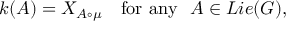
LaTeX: k ( A ) = X _ { A \circ \mu } \quad \mathrm { f o r ~ a n y ~ ~ } A \in L i e ( G ) ,